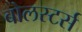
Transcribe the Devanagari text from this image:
बोलस्टर्स